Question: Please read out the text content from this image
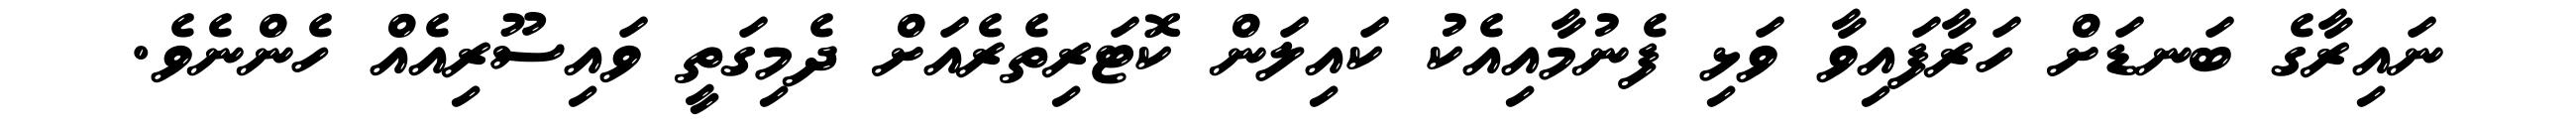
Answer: ނައިރާގެ ބަނޑަށް ހަރާފައިވާ ވަޅި ފެނުމާއިއެކު ކައިލަން ކޮޓަރިތެރެއަށް ދެމިގަތީ ވައިސޫރިއެއް ހެންނެވެ.